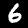
Digit: 6